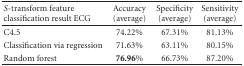
| S-transform feature classification result ECG | Accuracy (average) | Specificity (average) | Sensitivity (average) |
 | --- | --- | --- | --- |
 | C4.5 | 74.22% | 67.31% | 81.13% |
 | Classification via regression | 71.63% | 63.11% | 80.15% |
 | Random forest | 76.96% | 66.73% | 87.20% |